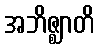
အဘိဇ္ဈာတိ